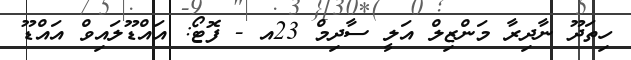
ހިތަދޫ ނާދިރާ މަންޒިލް އަލީ ސާދިމް 23އ - ފޮޓޯ: އައްޑޫލައިވް އައްޑޫ